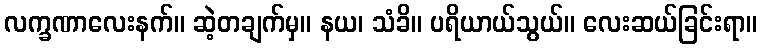
လက္ခဏာလေးနက်။ ဆဲ့တချက်မှ။ နယ၊ သံခိ။ ပရိယာယ်သွယ်။ လေးဆယ်ခြင်းရာ။